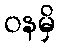
ဝနမှိ